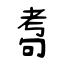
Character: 耇